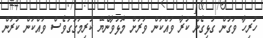
ހުރިހާ ވަގުން ގުޅިގެން ކުރާ ވައްކަން ވަރަށް މޮޅުވާނެޔޭ ކުރިމަގުގަވެސް ވައްކަން ކުރަން